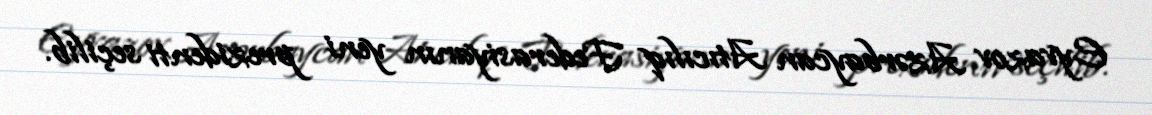
Eyvazov Azərbaycan Atıcılıq Federasiyanın yeni prezidenti seçilib.